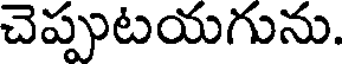
చెప్పుటయగును.